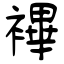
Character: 襅